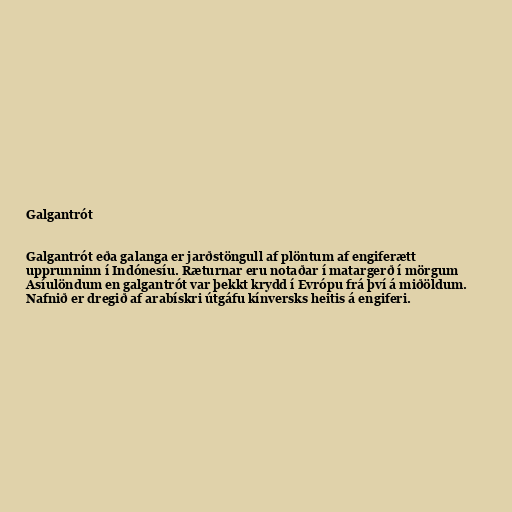
Galgantrót

Galgantrót eða galanga er jarðstöngull af plöntum af engiferætt
upprunninn í Indónesíu. Ræturnar eru notaðar í matargerð í mörgum
Asíulöndum en galgantrót var þekkt krydd í Evrópu frá því á miðöldum.
Nafnið er dregið af arabískri útgáfu kínversks heitis á engiferi.